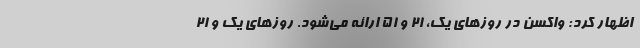
اظهار کرد: واکسن در روزهای یک، ۲۱ و ۵۱ ارائه می‌شود. روزهای یک و ۲۱